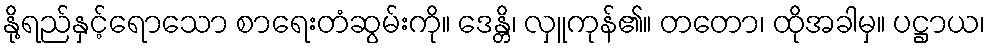
နို့ရည်နှင့်ရောသော စာရေးတံဆွမ်းကို။ ဒေန္တိ၊ လှူကုန်၏။ တတော၊ ထိုအခါမှ။ ပဋ္ဌာယ၊